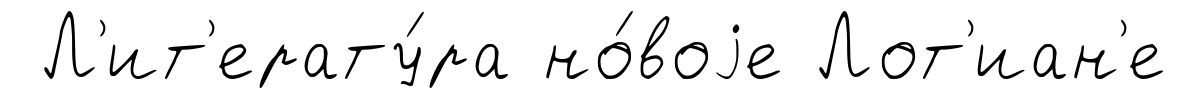
Л'ит'ерату́ра но́воjе Лот'иан'е